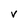
Character: v